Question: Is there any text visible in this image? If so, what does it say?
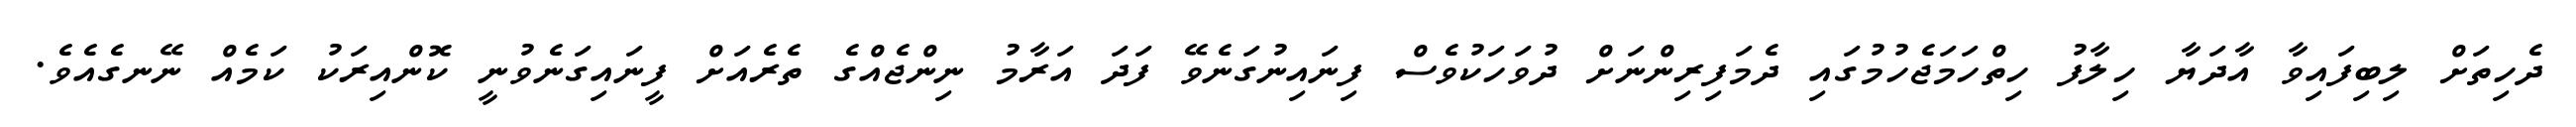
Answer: ދެހިތަށް ލިބިފައިވާ އާދަޔާ ހިލާފު ހިތްހަމަޖެހުމުގައި ދެމަފިރިންނަށް ދުވަހަކުވެސް ފިނައިނުގަނެވޭ ފަދަ އަރާމު ނިންޖެއްގެ ތެރެއަށް ފީނައިގަނެވުނީ ކޮންއިރަކު ކަމެއް ނޭނގެއެވެ.